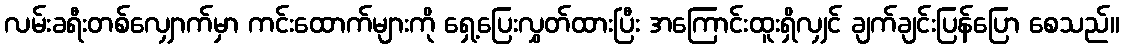
လမ်းခရီးတစ်လျှောက်မှာ ကင်းထောက်များကို ရှေ့ပြေးလွှတ်ထားပြီး အကြောင်းထူးရှိလျှင် ချက်ချင်းပြန်ပြော စေသည်။